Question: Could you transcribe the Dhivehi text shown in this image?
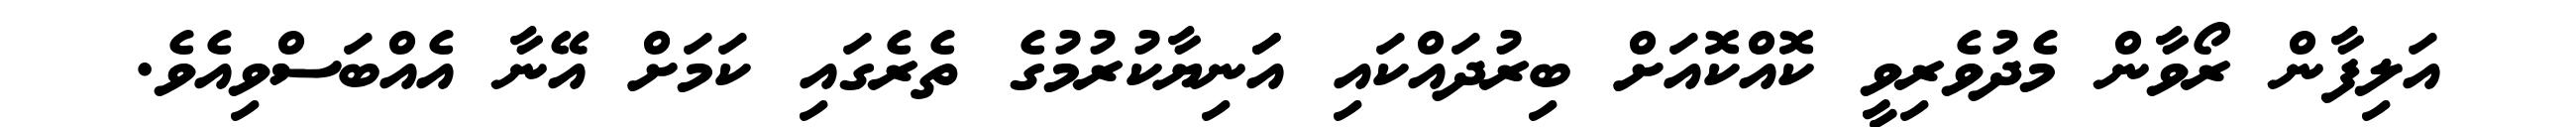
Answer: އަލިފާން ރޯވާން މެދުވެރިވީ ކޮއްކޮއަށް ބިރުދައްކައި އަަނިޔާކުރުމުގެ ތެރެގައި ކަމަށް އޭނާ އެއްބަސްވިއެވެ.